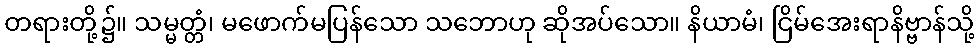
တရားတို့၌။ သမ္မတ္တံ၊ မဖောက်မပြန်သော သဘောဟု ဆိုအပ်သော။ နိယာမံ၊ ငြိမ်အေးရာနိဗ္ဗာန်သို့